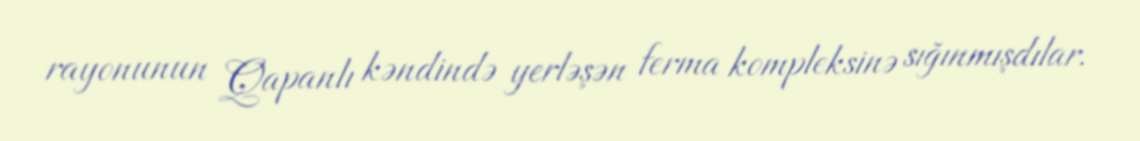
rayonunun Qapanlı kəndində yerləşən ferma kompleksinə sığınmışdılar.